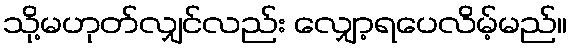
သို့မဟုတ်လျှင်လည်း လျှော့ရပေလိမ့်မည်။